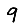
Digit: 9